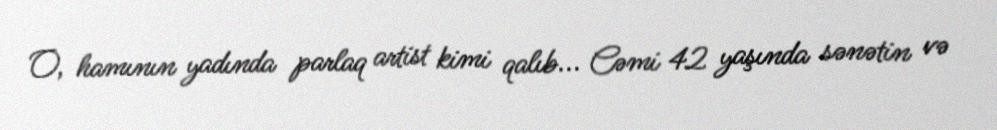
O, hamının yadında parlaq artist kimi qalıb... Cəmi 42 yaşında sənətin və